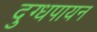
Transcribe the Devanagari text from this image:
दुग्धपायन